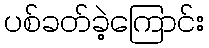
ပစ်ခတ်ခဲ့ကြောင်း